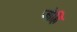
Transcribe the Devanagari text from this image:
जोह्रि